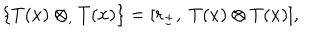
\{ T ( x ) \otimes _ { , } T ( x ) \} = [ r _ { \pm } , \; T ( x ) \otimes T ( x ) ] ,